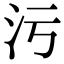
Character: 污